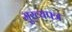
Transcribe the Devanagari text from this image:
मुख्यपत्र